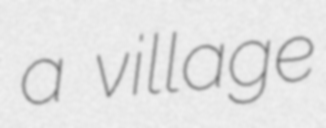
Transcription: a village